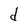
Character: d